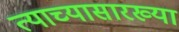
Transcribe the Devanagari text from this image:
त्याच्यासारख्या